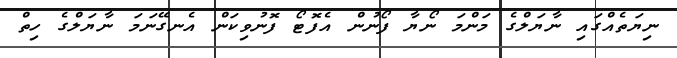
ނިޔަތެއްގައި ނާޔަލްގެ މަންމަ ނޯޔާ ފޯނުން އެފޮޓޯ ފޮނުވިކަން އެނގޭނަމަ ނާޔަލްގެ ހިތް